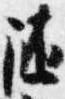
随